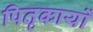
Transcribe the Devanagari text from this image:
पितृकार्यों